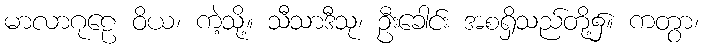
မာလာဂုဠေ ဝိယ၊ ကဲ့သို့။ သီသာဒီသု၊ ဦးခေါင်း အစရှိသည်တို့၌။ ကတွာ၊